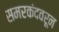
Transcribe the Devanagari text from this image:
समरकंदवरून